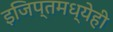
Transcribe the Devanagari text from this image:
इजिप्तमध्येही